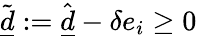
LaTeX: \tilde{\underline{d}}:=\hat{\underline{d}}-\delta e_{i}\geq 0